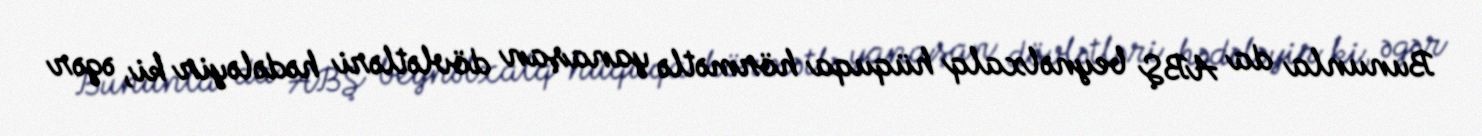
Bununla da ABŞ beynəlxalq hüquqa hörmətlə yanaşan dövlətləri hədələyir ki, əgər